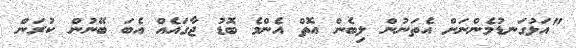
"އަޅުގަނޑުމެންނަށް އެތަނުން ލިބެން އޮތް އެންމެ ބޮޑު ޖާގައެއް އެބަ ބޭނުން ކުރަން